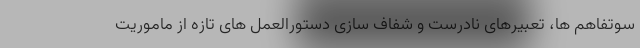
سوتفاهم ها، تعبیرهای نادرست و شفاف سازی دستورالعمل های تازه از ماموریت